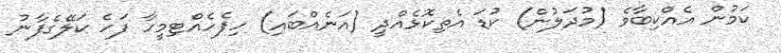
ކަމުން އެއްކިބާވެ (މުދަލުން) ކުޑަ އެތިކޮޅެއްދީ (އަނެއްބައި) ހިފެހެއްޓިމީހާ ފަހެ ކަލޭގެފާނު